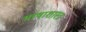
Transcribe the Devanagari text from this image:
भाषाशास्‍त्र